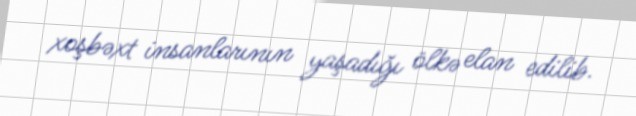
xoşbəxt insanlarının yaşadığı ölkə elan edilib.